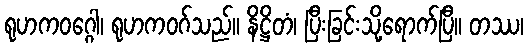
ရုဟကဝဂ္ဂေါ၊ ရုဟကဝဂ်သည်။ နိဋ္ဌိတံ၊ ပြီးခြင်းသို့ရောက်ပြီ။ တဿ၊